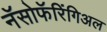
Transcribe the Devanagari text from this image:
नॅसोफॅरिंगिअल